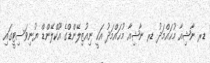
ޑރ ނާޝިއާ މުޙައްމަދު ޑރ ނާޝިއާ މުޙައްމަދު އަކީ ނިއުޒިލޭންޑްގެ އޫކްލޭންޑް ޔުނިވަސިޓީގައި